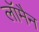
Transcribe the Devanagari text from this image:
लॉमैन